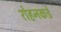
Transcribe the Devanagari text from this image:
रोहनकडे